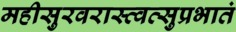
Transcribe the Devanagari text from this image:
महीसुरवरास्त्वत्सुप्रभातं